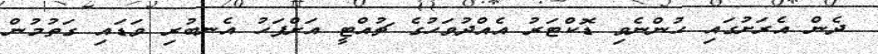
ދެން އެރަށުގައި ހުންނެވި ޑޮކްޓަރު އެއްދުވަހުގެ ޗުއްޓީ އަށްފަހު އެނބުރި ވަޑައި ގަތުމުން